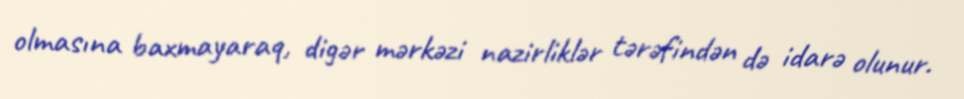
olmasına baxmayaraq, digər mərkəzi nazirliklər tərəfindən də idarə olunur.